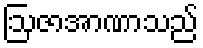
ဩဇာအာဏာသည်